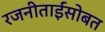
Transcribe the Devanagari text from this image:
रजनीताईंसोबत